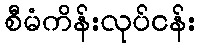
စီမံကိန်းလုပ်ငန်း